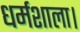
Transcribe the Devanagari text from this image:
धर्मशाला।